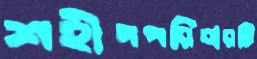
শহীদপরিবারটি